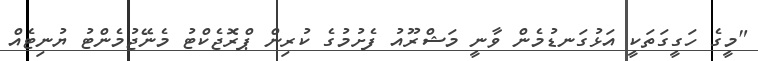
"މީގެ ހަގީގަތަކީ އަޅުގަނޑުމެން ވާނީ މަޝްރޫއު ފެށުމުގެ ކުރިން ޕްރޮޖެކްޓު މެނޭޖުމެންޓު ޔުނިޓެއް